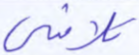
تلاشي